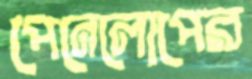
পেনেলোপের